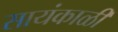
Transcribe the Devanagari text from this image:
सायंकाळीं